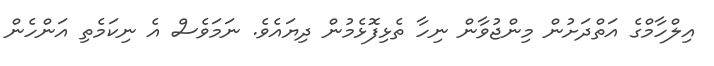
އިލްހާމްގެ އަތްދަށުން މިންޖުވާން ނިހާ ތެޅިފޮޅެމުން ދިޔައެވެ. ނަމަވެސް އެ ނިކަމެތި އަންހެން